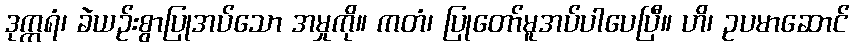
ဒုက္ကရံ၊ ခဲယဉ်းစွာပြုအပ်သော အမှုကို။ ကတံ၊ ပြုတော်မူအပ်ပါပေပြီ။ ဟိ၊ ဥပမာဆောင်